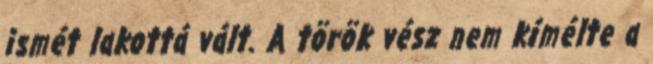
ismét lakottá vált. A török vész nem kímélte a